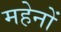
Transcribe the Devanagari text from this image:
महेनों